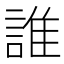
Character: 誰